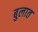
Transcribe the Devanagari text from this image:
बुलात